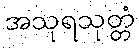
အသုရသုတ္တံ